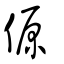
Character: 傆